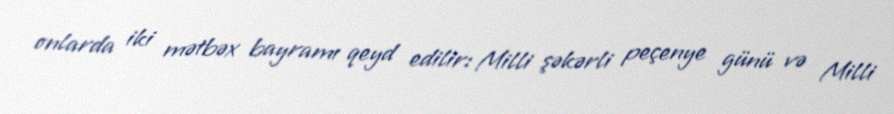
onlarda iki mətbəx bayramı qeyd edilir: Milli şəkərli peçenye günü və Milli